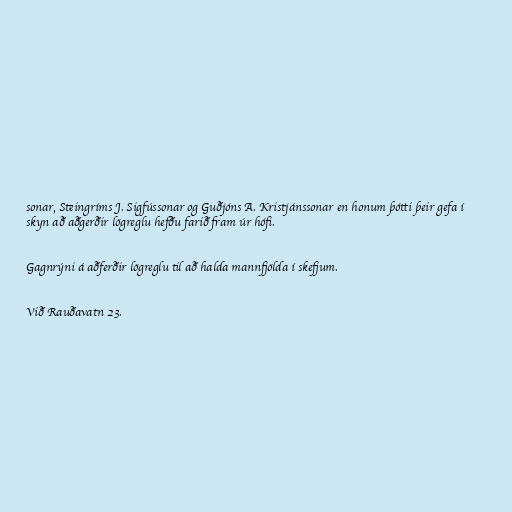
sonar, Steingríms J. Sigfússonar og Guðjóns A. Kristjánssonar en honum þótti þeir gefa í
skyn að aðgerðir lögreglu hefðu farið fram úr hófi.

Gagnrýni á aðferðir lögreglu til að halda mannfjölda í skefjum.

Við Rauðavatn 23.